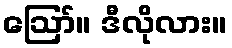
ဪ။ ဒီလိုလား။